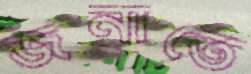
জনাতে